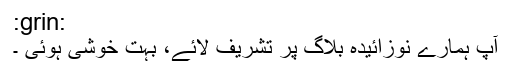
:grin:
آپ ہمارے نوزائیدہ بلاگ پر تشریف لائے، بہت خوشی ہوئی ۔